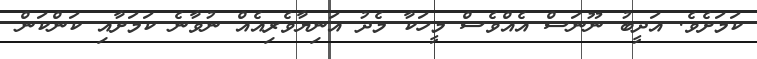
ކަމަށެވެ. އަދީބު ނޫނަސް އެއްވެސް މީހަކާ މެދު އަނިޔާވެރިއެއް ނުވާނެ ކަމަށާއި ކަންކަން